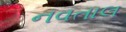
નવતાલ